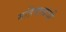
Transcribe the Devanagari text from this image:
महिपालांची